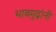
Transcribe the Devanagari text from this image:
भावमुद्रांनी